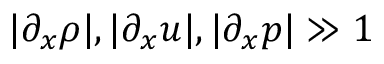
| \partial _ { x } \rho | , | \partial _ { x } u | , | \partial _ { x } p | \gg 1